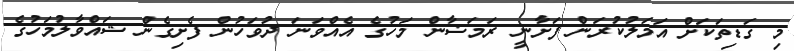
މި ގަޑިތަކަށް އަމަލުކުރަން ފަށާނީ ރަމަޟާން މަހުގެ އެއްވަނަ ދުވަހުން ފެށިގެން ޝައްވާލުމަހުގެ